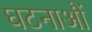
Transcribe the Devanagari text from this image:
घटनाऔं